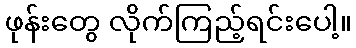
ဖုန်းတွေ လိုက်ကြည့်ရင်းပေါ့။